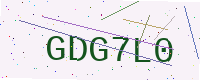
Text: GDG7L0